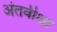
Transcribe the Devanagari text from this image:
अंतर्वीक्षा